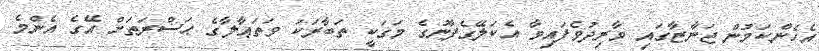
އެހެންކަމުން ޖަނާޒާގައި ވާރިދުވެފައިވާ އެކަލޭގެފާނުގެ މަގަކީ ތަބާރަކަ ވަތަޢާލާގެ ޙަޟްރަތަށް އޭގެ އެންމެ